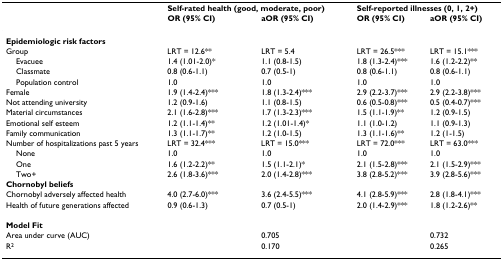
<table><thead><tr><td></td><td colspan="2"><b>Self-rated health (good, moderate, poor)</b></td><td colspan="2"><b>Self-reported illnesses (0, 1, 2+)</b></td></tr><tr><td></td><td><b>OR (95% CI)</b></td><td><b>aOR (95% CI)</b></td><td><b>OR (95% CI)</b></td><td><b>aOR (95% CI)</b></td></tr></thead><tbody><tr><td><b>Epidemiologic risk factors</b></td><td></td><td></td><td></td><td></td></tr><tr><td>Group</td><td>LRT = 12.6**</td><td>LRT = 5.4</td><td>LRT = 26.5***</td><td>LRT = 15.1***</td></tr><tr><td> Evacuee</td><td>1.4 (1.01-2.0)*</td><td>1.1 (0.8-1.5)</td><td>1.8 (1.3-2.4)***</td><td>1.6 (1.2-2.2)**</td></tr><tr><td> Classmate</td><td>0.8 (0.6-1.1)</td><td>0.7 (0.5-1)</td><td>0.8 (0.6-1.1)</td><td>0.8 (0.6-1.1)</td></tr><tr><td> Population control</td><td>1.0</td><td>1.0</td><td>1.0</td><td>1.0</td></tr><tr><td>Female</td><td>1.9 (1.4-2.4)***</td><td>1.8 (1.3-2.4)***</td><td>2.9 (2.2-3.7)***</td><td>2.9 (2.2-3.8)***</td></tr><tr><td>Not attending university</td><td>1.2 (0.9-1.6)</td><td>1.1 (0.8-1.5)</td><td>0.6 (0.5-0.8)***</td><td>0.5 (0.4-0.7)***</td></tr><tr><td>Material circumstances</td><td>2.1 (1.6-2.8)***</td><td>1.7 (1.3-2.3)***</td><td>1.5 (1.1-1.9)**</td><td>1.2 (0.9-1.5)</td></tr><tr><td>Emotional self esteem</td><td>1.2 (1.1-1.4)**</td><td>1.2 (1.01-1.4)*</td><td>1.1 (1.0-1.2)</td><td>1.1 (0.9-1.3)</td></tr><tr><td>Family communication</td><td>1.3 (1.1-1.7)**</td><td>1.2 (1.0-1.5)</td><td>1.3 (1.1-1.6)**</td><td>1.2 (1-1.5)</td></tr><tr><td>Number of hospitalizations past 5 years</td><td>LRT = 32.4***</td><td>LRT = 15.0***</td><td>LRT = 72.0***</td><td>LRT = 63.0***</td></tr><tr><td> None</td><td>1.0</td><td>1.0</td><td>1.0</td><td>1.0</td></tr><tr><td> One</td><td>1.6 (1.2-2.2)**</td><td>1.5 (1.1-2.1)*</td><td>2.1 (1.5-2.8)***</td><td>2.1 (1.5-2.9)***</td></tr><tr><td> Two+</td><td>2.6 (1.8-3.6)***</td><td>2.0 (1.4-2.8)***</td><td>3.8 (2.8-5.2)***</td><td>3.9 (2.8-5.6)***</td></tr><tr><td><b>Chornobyl beliefs</b></td><td></td><td></td><td></td><td></td></tr><tr><td>Chornobyl adversely affected health</td><td>4.0 (2.7-6.0)***</td><td>3.6 (2.4-5.5)***</td><td>4.1 (2.8-5.9)***</td><td>2.8 (1.8-4.1)***</td></tr><tr><td>Health of future generations affected</td><td>0.9 (0.6-1.3)</td><td>0.7 (0.5-1)</td><td>2.0 (1.4-2.9)***</td><td>1.8 (1.2-2.6)**</td></tr><tr><td><b>Model Fit</b></td><td></td><td></td><td></td><td></td></tr><tr><td>Area under curve (AUC)</td><td></td><td>0.705</td><td></td><td>0.732</td></tr><tr><td>R<sup>2</sup></td><td></td><td>0.170</td><td></td><td>0.265</td></tr></tbody></table>